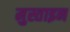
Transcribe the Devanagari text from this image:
मुस्ताइन